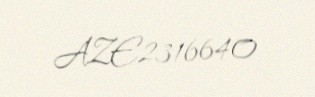
AZE2316640